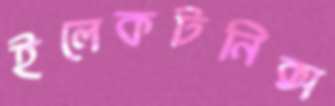
ইলেকটনিক্স